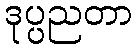
ဒုပ္ပညတာ